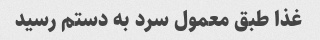
غذا طبق معمول سرد به دستم رسید